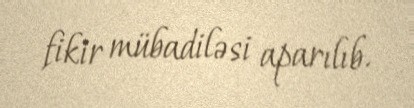
fikir mübadiləsi aparılıb.